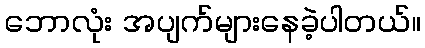
ဘောလုံး အပျက်များနေခဲ့ပါတယ်။